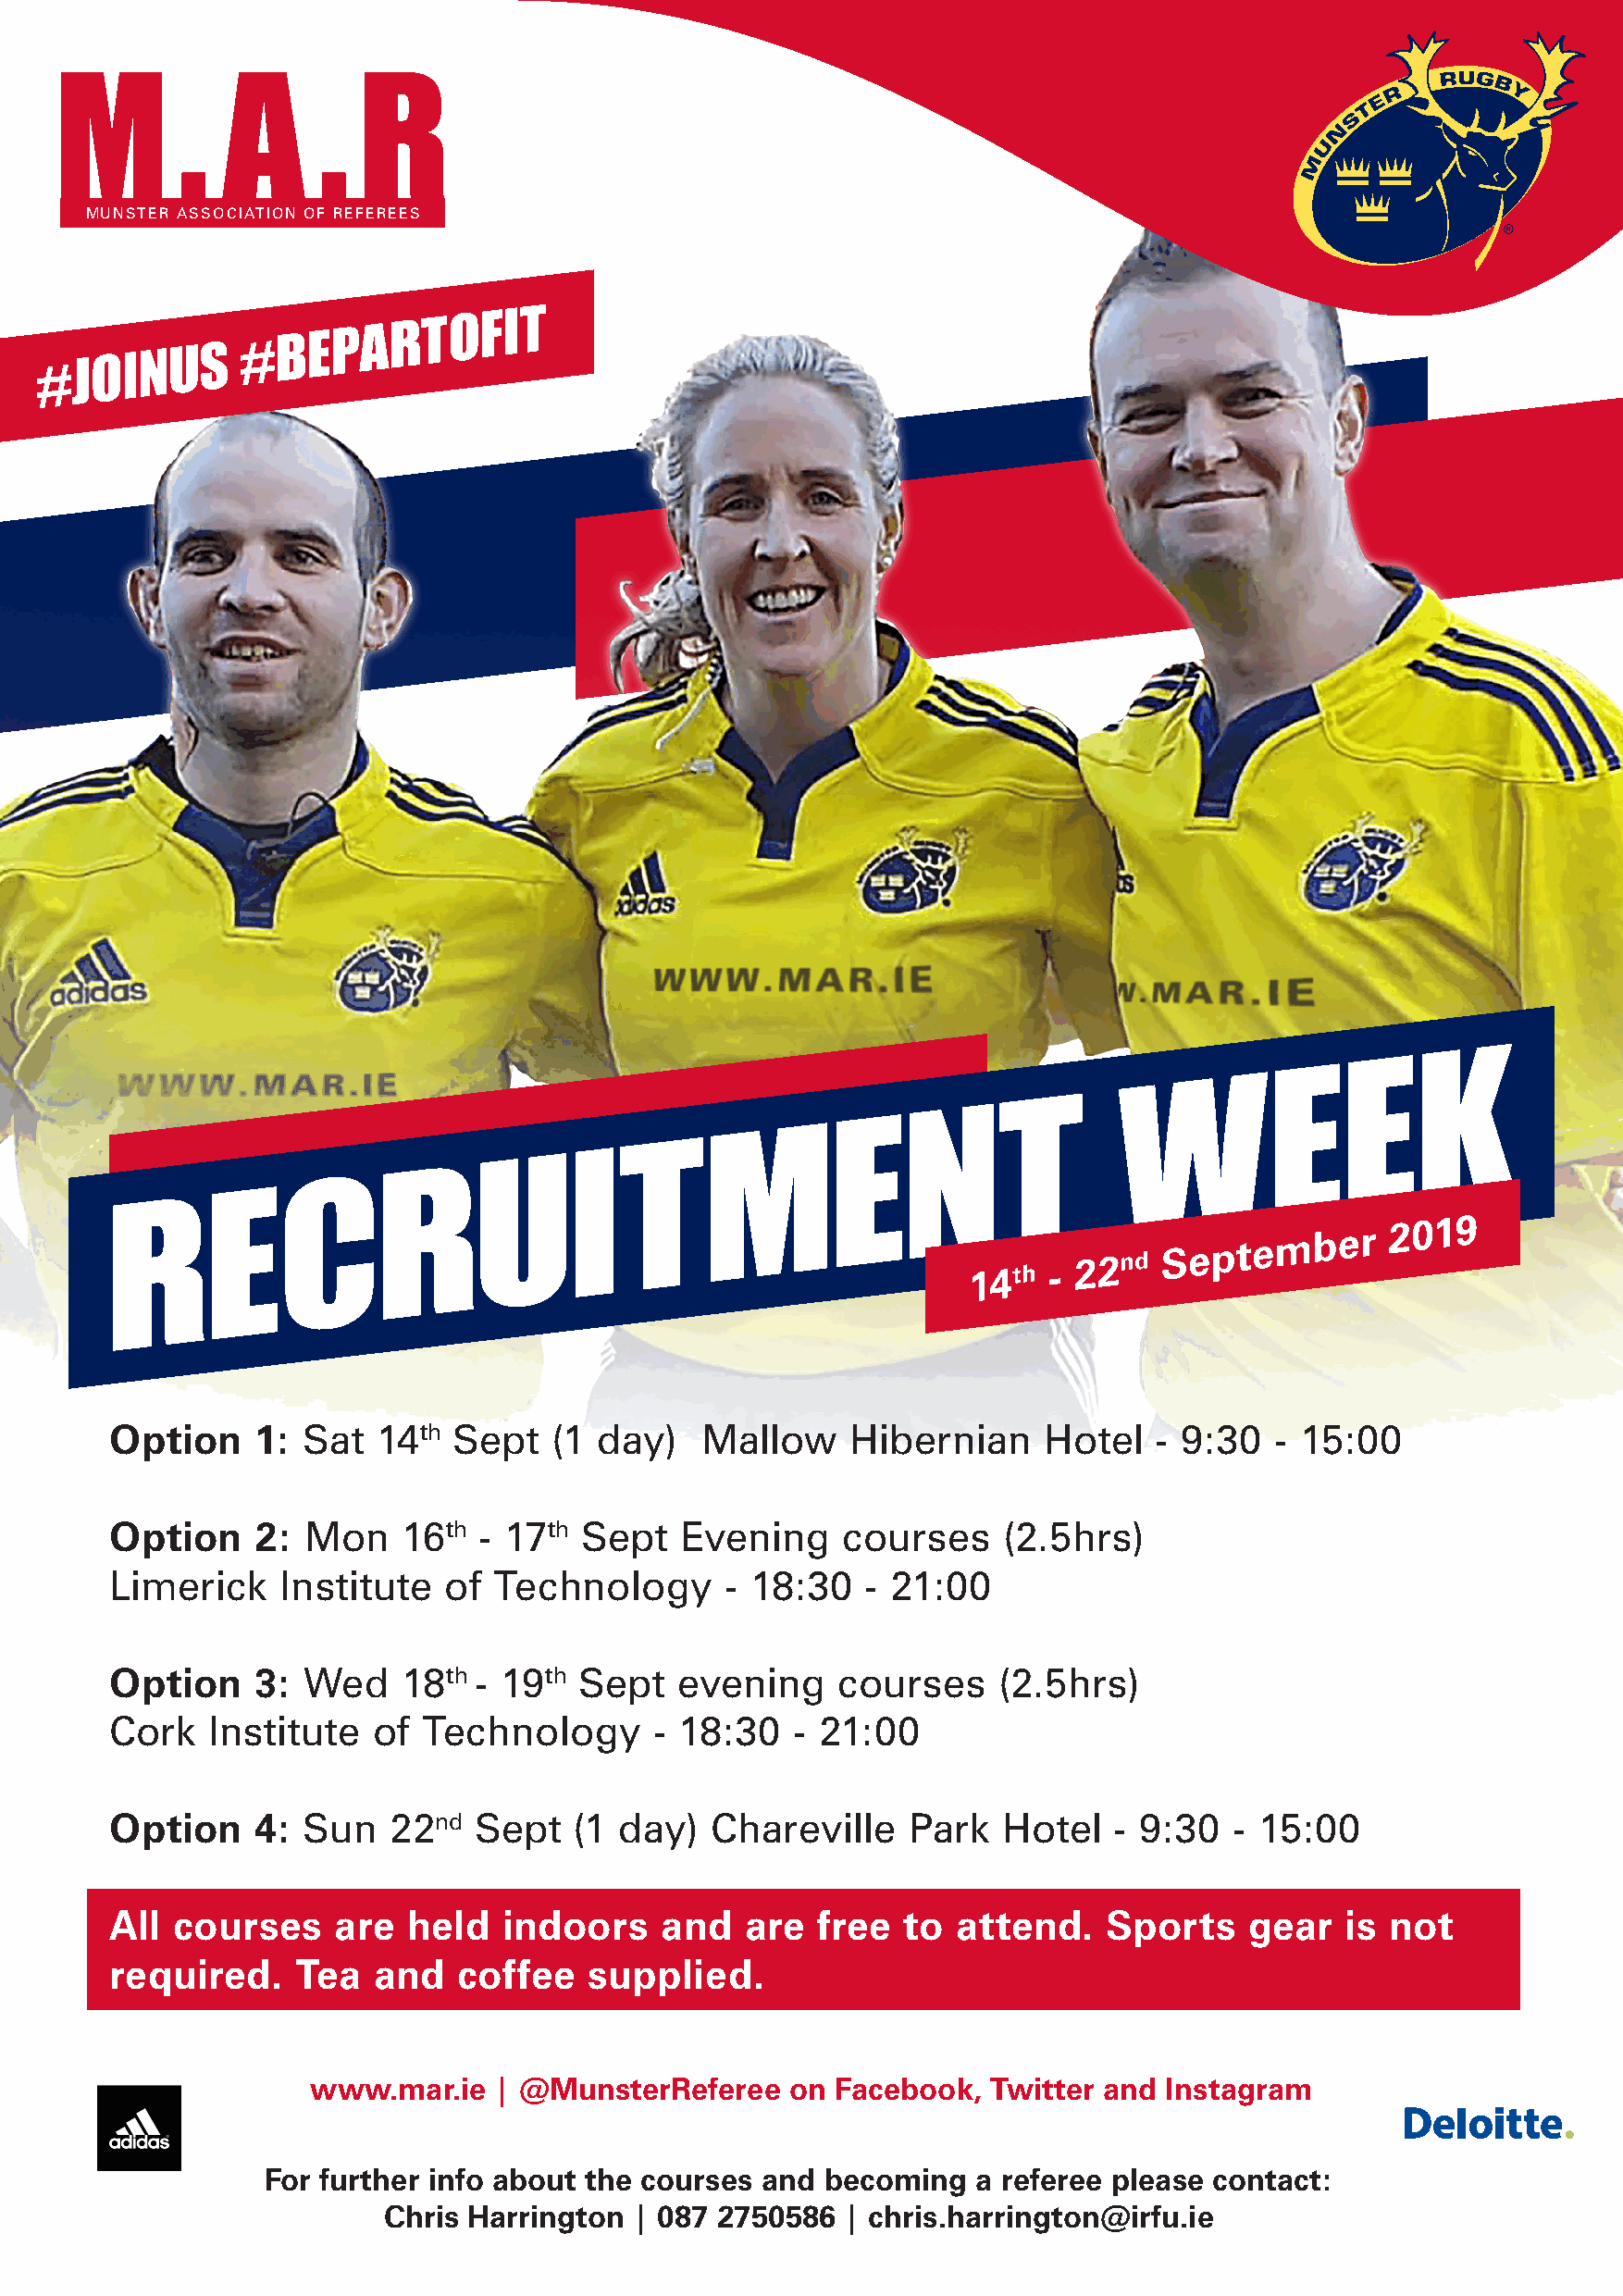
MUNSTER ASSOCIATION OF REFEREES
 #JOINUS
 #BEPARTOFIT
 K
 E
 E
 W
 T
 N
 E
 M
 T
 I
 U
 R
 C
 RE
 14th  -
 22nd
 September
 2019
 Option    1:  Sat  14th Sept    (1 day)   Mallow     Hibernian     Hotel   - 9:30  - 15:00
 Option    2:  Mon    16th - 17th  Sept   Evening    courses     (2.5hrs)
 Limerick    Institute   of Technology       - 18:30   - 21:00
 Option    3:  Wed    18th - 19th Sept   evening     courses    (2.5hrs)
 Cork   Institute   of Technology       - 18:30   - 21:00
 Option    4:  Sun   22nd  Sept   (1 day)   Chareville    Park   Hotel   - 9:30  - 15:00
 All courses     are  held   indoors    and   are  free   to attend.    Sports    gear   is not
 required.    Tea   and   coffee   supplied.
 www.mar.ie   | @MunsterReferee    on  Facebook,  Twitter and Instagram
 For further info about the courses and  becoming   a referee please contact:
 Chris Harrington  | 087 2750586  | chris.harrington@irfu.ie